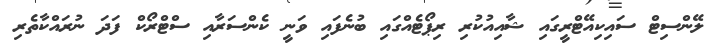
ލޭންސިޓް ސައިކިއޭޓްރީގައި ޝާއިއުކުރި ރިޕޯޓެއްގައި ބުނެފައި ވަނީ ކެންސަރާއި ސްޓްރޯކް ފަދަ ނުރައްކާތެރި